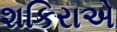
શકિરાએ